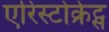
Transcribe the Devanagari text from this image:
एरिस्टोक्रेट्स